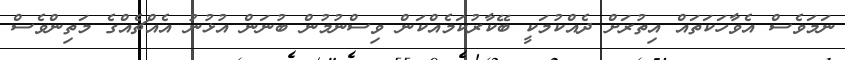
ނަމަވެސް އެވާހަކަތައް އިތުރަށް ދެއްކުމަކީ ބޭކާރުކަމެއްކަން ވިސްނުމުން ބުނަން އުޅުނު އެއްޗެއްގެ މަތިންވެސް